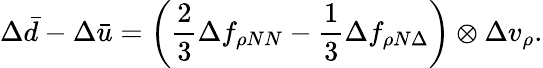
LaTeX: \Delta\bar{d}-\Delta\bar{u}=\left(\frac{2}{3}\Delta f_{\rho NN}-\frac{1}{3}\Delta f_{\rho N\Delta}\right)\otimes\Delta v_{\rho}.